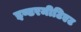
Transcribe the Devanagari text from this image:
इण्टरमीटिएट